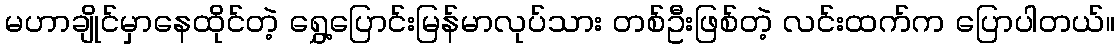
မဟာချိုင်မှာနေထိုင်တဲ့ ရွှေ့ပြောင်းမြန်မာလုပ်သား တစ်ဦးဖြစ်တဲ့ လင်းထက်က ပြောပါတယ်။